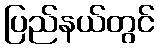
ပြည်နယ်တွင်